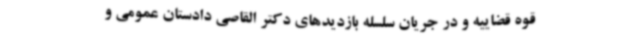
قوه قضاییه و در جریان سلسله بازدیدهای دکتر القاصی دادستان عمومی و